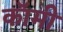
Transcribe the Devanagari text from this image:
कॉमी